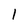
Character: 1